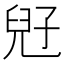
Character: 𡥲